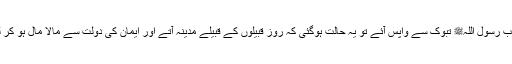
لیکن جب رسول اللہﷺ تبوک سے واپس آئے تو یہ حالت ہوگئی کہ روز قبیلوں کے قبیلے مدینہ آتے اور ایمان کی دولت سے مالا مال ہو کر لوٹتے ۔